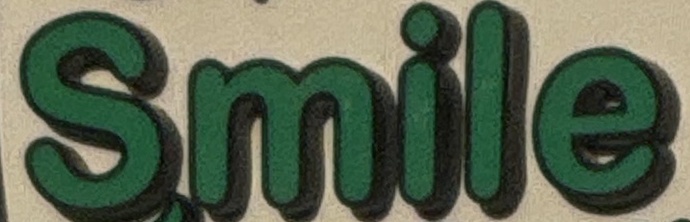
Smile